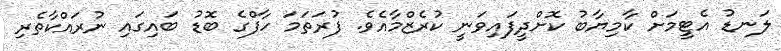
ލަނޑު އެޓީމަށް ކާމިޔާބު ކޮށްދީފައިވަނީ ކުރެޒްމާއެވެ. ފުރަތަމަ ހާފްގެ ބޮޑު ބައިގައި ނުރައްކާތެރި